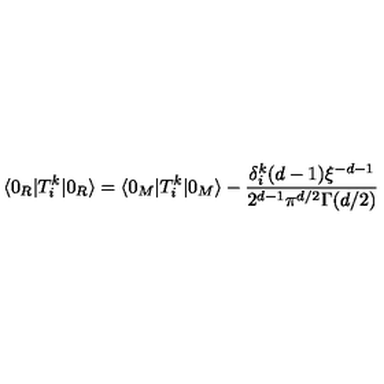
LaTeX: \langle 0 _ { R } | T _ { i } ^ { k } | 0 _ { R } \rangle = \langle 0 _ { M } | T _ { i } ^ { k } | 0 _ { M } \rangle - \frac { \delta _ { i } ^ { k } ( d - 1 ) \xi ^ { - d - 1 } } { 2 ^ { d - 1 } \pi ^ { d / 2 } \Gamma ( d / 2 ) }